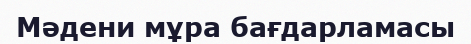
Мәдени мұра бағдарламасы